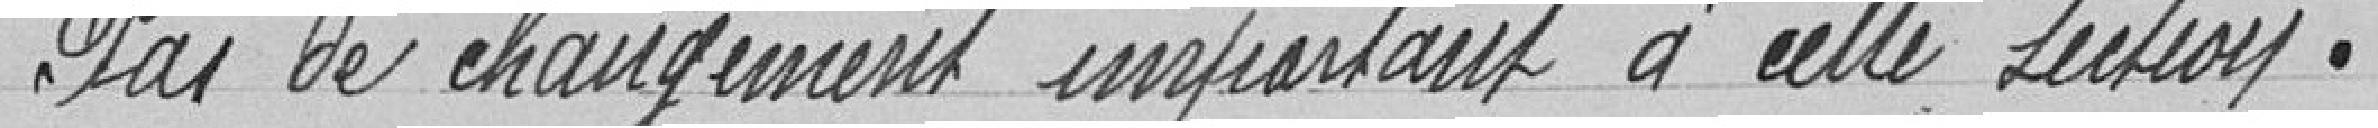
Pas de changement important à cette section.